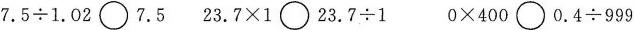
$$7 . 5 \div 1 . 0 2 \circ 7 . 5$$ $$2 3 . 7 \times 1 \circ 2 3 . 7 \div 1$$ $$0 \times 4 0 0 \circ 0 . 4 \div 9 9 9$$